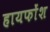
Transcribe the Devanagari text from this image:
हायफोंश